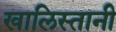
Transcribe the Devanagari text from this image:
खालिस्तानी